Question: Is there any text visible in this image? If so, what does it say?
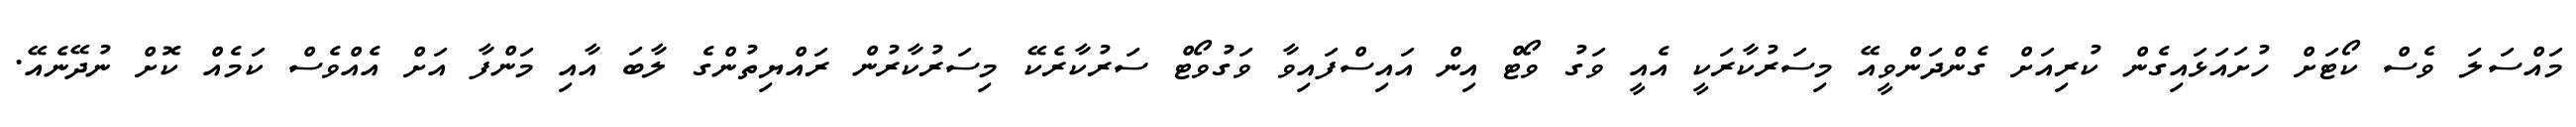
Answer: މައްސަލަ ވެސް ކޯޓަށް ހުށައަޅައިގެން ކުރިއަށް ގެންދަންވީއޭ މިސަރުކާރަކީ އެއީ ވަގު ވޯޓް އިން އައިސްފައިވާ ވަގުވޯޓް ސަރުކާރެކޭ މިސަރުކާރުން ރައްޔިތުންގެ ލާބަ އާއި މަންފާ އަށް އެއްވެސް ކަމެއް ކޮށް ނުދޭނެއޭ.